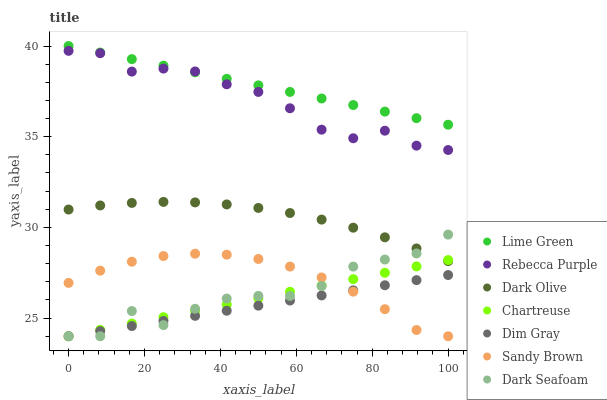
| xaxis_label | Lime Green | Rebecca Purple | Dark Olive | Chartreuse | Dim Gray | Sandy Brown | Dark Seafoam |
 | --- | --- | --- | --- | --- | --- | --- | --- |
 | 0 | 40 | 39.7 | 31 | 24 | 24 | 26.9 | 24 |
 | 8.33 | 39.6 | 39.6 | 31.2 | 24.3 | 24.3 | 27.6 | 24 |
 | 16.7 | 39.3 | 38.6 | 31.4 | 24.7 | 24.6 | 28.1 | 25.4 |
 | 25 | 38.9 | 38.8 | 31.4 | 25 | 24.8 | 28.4 | 24.6 |
 | 33.3 | 38.6 | 38.6 | 31.4 | 25.4 | 25.1 | 28.5 | 25.5 |
 | 41.7 | 38.2 | 37.9 | 31.3 | 25.7 | 25.4 | 28.5 | 26.1 |
 | 50 | 37.8 | 37.5 | 31.1 | 26.1 | 25.7 | 28.3 | 26.2 |
 | 58.3 | 37.5 | 36.6 | 30.8 | 26.4 | 26 | 27.8 | 26.2 |
 | 66.7 | 37.1 | 35.4 | 30.4 | 26.8 | 26.2 | 27.2 | 26.8 |
 | 75 | 36.7 | 34.9 | 30 | 27.1 | 26.5 | 26.5 | 27.8 |
 | 83.3 | 36.4 | 35.3 | 29.5 | 27.5 | 26.8 | 25.5 | 28.2 |
 | 91.7 | 36 | 34.5 | 28.8 | 27.8 | 27.1 | 24.3 | 28.6 |
 | 100 | 35.7 | 34.3 | 28.1 | 28.2 | 27.4 | 24 | 29.6 |